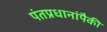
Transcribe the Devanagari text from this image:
पंतप्रधानांपैकी